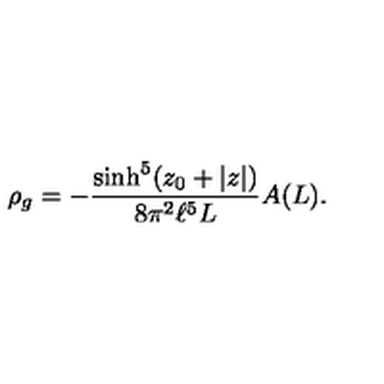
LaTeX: \rho _ { g } = - \frac { \sinh ^ { 5 } ( z _ { 0 } + | z | ) } { 8 \pi ^ { 2 } \ell ^ { 5 } L } A ( L ) .